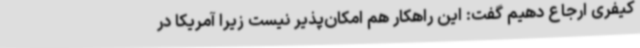
کیفری ارجاع دهیم گفت: این راهکار هم امکان‌پذیر نیست زیرا آمریکا در